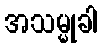
အသမ္မုခါ